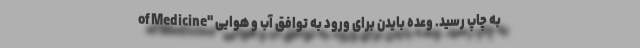
of Medicine" به چاپ رسید. وعده بایدن برای ورود به توافق آب و هوایی